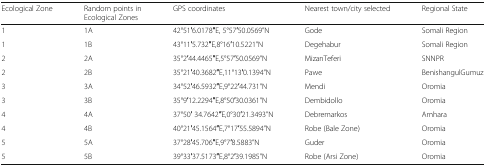
<table><thead><tr><td><b>Ecological Zone</b></td><td><b>Random points in Ecological Zones</b></td><td><b>GPS coordinates</b></td><td><b>Nearest town/city selected</b></td><td><b>Regional State</b></td></tr></thead><tbody><tr><td>1</td><td>1A</td><td>42°51′6.0178′′E, 5°57′50.0569”N</td><td>Gode</td><td>Somali Region</td></tr><tr><td>1</td><td>1B</td><td>43°11′5.732′′E,8°16′10.5221”N</td><td>Degehabur</td><td>Somali Region</td></tr><tr><td>2</td><td>2A</td><td>35°2′44.4465′′E,5°57′50.0569”N</td><td>MizanTeferi</td><td>SNNPR</td></tr><tr><td>2</td><td>2B</td><td>35°21′40.3682′′E,11°13′0.1394”N</td><td>Pawe</td><td>BenishangulGumuz</td></tr><tr><td>3</td><td>3A</td><td>34°52′46.5932′′E,9°22′44.731”N</td><td>Mendi</td><td>Oromia</td></tr><tr><td>3</td><td>3B</td><td>35°9′12.2294′′E,8°50′30.0361”N</td><td>Dembidollo</td><td>Oromia</td></tr><tr><td>4</td><td>4A</td><td>37°50′ 34.7642′′E,0°30′21.3493”N</td><td>Debremarkos</td><td>Amhara</td></tr><tr><td>4</td><td>4B</td><td>40°21′45.1564′′E,7°17′55.5894”N</td><td>Robe (Bale Zone)</td><td>Oromia</td></tr><tr><td>5</td><td>5A</td><td>37°28′45.706′′E,9°7′8.5883”N</td><td>Guder</td><td>Oromia</td></tr><tr><td>5</td><td>5B</td><td>39°33′37.5173′′E,8°2′39.1985”N</td><td>Robe (Arsi Zone)</td><td>Oromia</td></tr></tbody></table>